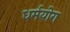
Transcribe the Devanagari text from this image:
धर्मयोग